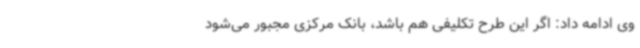
وی ادامه داد: اگر این طرح تکلیفی هم باشد، بانک مرکزی مجبور می‌شود